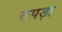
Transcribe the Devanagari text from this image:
रूपड़ा